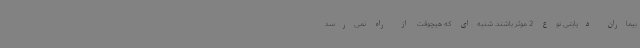
بیماران دیابتی نوع 2 موثر باشند. شنبه‌ای که هیچوقت از راه نمی‌رسد